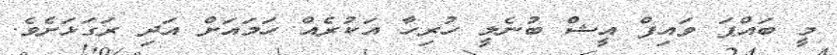
މީ ބައްޕަ ވައިފް އީޝް ބުނެލީ ހުރިހާ އަކުރެއް ހަމައަށް އަދި ރަގަޅަށެވެ.